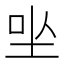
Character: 㘴